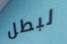
لبطل